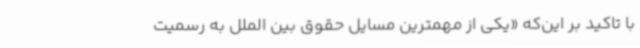
با تاکید بر این‌که «یکی از مهمترین مسایل حقوق بین الملل به رسمیت